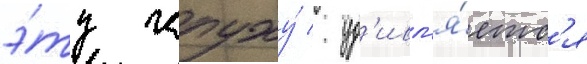
э́ту чепуху́ / уд'ивл'я́етс'я